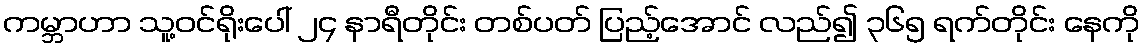
ကမ္ဘာဟာ သူ့ဝင်ရိုးပေါ် ၂၄ နာရီတိုင်း တစ်ပတ် ပြည့်အောင် လည်၍ ၃၆၅ ရက်တိုင်း နေကို